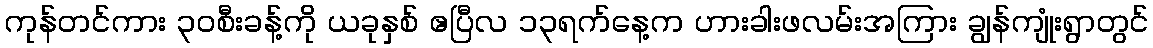
ကုန်တင်ကား ၃၀စီးခန့်ကို ယခုနှစ် ဧပြီလ ၁၃ရက်နေ့က ဟားခါးဖလမ်းအကြား ချွန်ကျုံးရွာတွင်